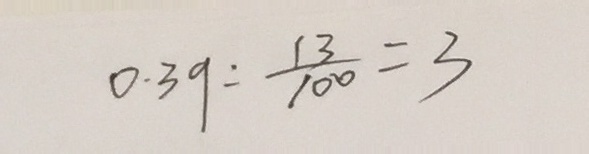
0 . 3 9 : \frac { 1 3 } { 1 0 0 } = 3